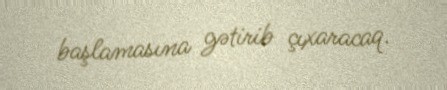
başlamasına gətirib çıxaracaq.